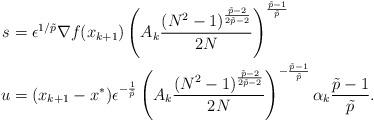
LaTeX: \begin{align*} s &= \epsilon^{1/\tilde{p}} \nabla f(x_{k+1}) \left(A_k\frac{(N^2-1)^{\frac{\tilde p-2}{2 \tilde p-2}}}{2N}\right)^{\frac{\tilde p-1}{\tilde p}} \\u &= (x_{k+1} - x^\ast) \epsilon^{-\frac{1}{\tilde p}} \left(A_k\frac{(N^2-1)^{\frac{\tilde p-2}{2 \tilde p-2}}}{2N}\right)^{-\frac{\tilde p-1}{\tilde p}} \alpha_k \frac{\tilde p-1}{\tilde p}.\end{align*}